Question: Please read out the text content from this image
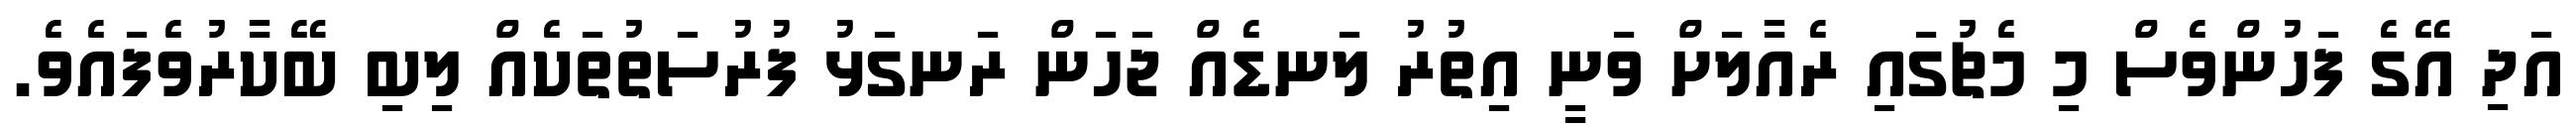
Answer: އަދި އޭގެ ފަހުންވެސް މި މެޗުގައި ރެއާލަށް ވަނީ އިތުރު ލަނޑެއް ޖަހަން ރަނގަޅު ފުރުސަތުތަކެއް ލިބި ބޭކާރުވެފައެވެ.